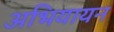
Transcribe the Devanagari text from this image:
अभियायन